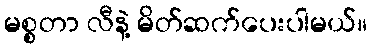
မစ္စတာ လီနဲ့ မိတ်ဆက်ပေးပါမယ်။